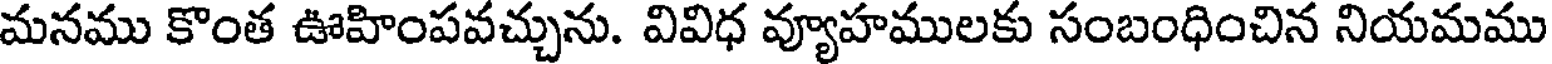
మనము కొంత ఊహింపవచ్చును. వివిధ వ్యూహములకు సంబంధించిన నియమము